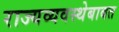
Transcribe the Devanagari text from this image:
राज्यव्यवस्थेबाबत